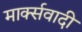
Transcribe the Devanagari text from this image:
मार्क्सवादी